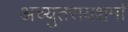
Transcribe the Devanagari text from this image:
अच्युतरायशर्मा